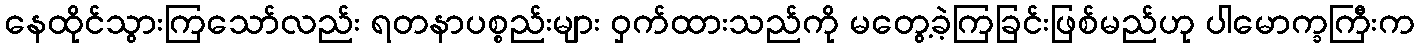
နေထိုင်သွားကြသော်လည်း ရတနာပစ္စည်းများ ဝှက်ထားသည်ကို မတွေ့ခဲ့ကြခြင်းဖြစ်မည်ဟု ပါမောက္ခကြီးက